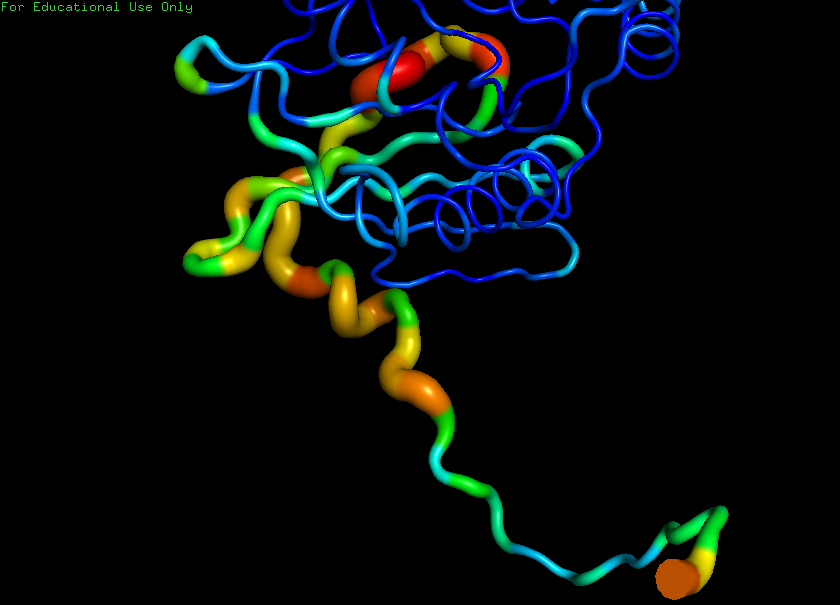
pymol, preset, b_factor_putty